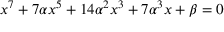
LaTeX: x ^ { 7 } + 7 \alpha x ^ { 5 } + 1 4 \alpha ^ { 2 } x ^ { 3 } + 7 \alpha ^ { 3 } x + \beta = 0